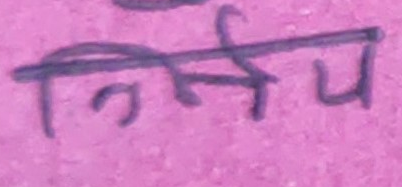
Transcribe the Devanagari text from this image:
निर्णय